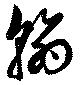
翰